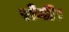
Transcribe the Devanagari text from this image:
रोगी।